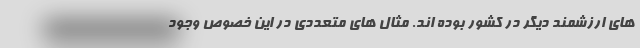
های ارزشمند دیگر در کشور بوده اند. مثال های متعددی در این خصوص وجود